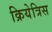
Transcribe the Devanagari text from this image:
क्रियेत्रिस